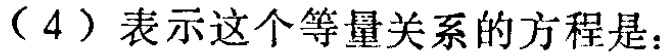
（4）表示这个等量关系的方程是：